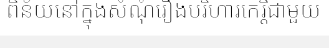
ពិន័យនៅក្នុងសំណុំរឿងបរិហារកេរ្តិ៍ជាមួយ